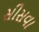
સીસવા